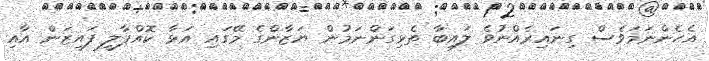
އެހެންނަމަވެސް ގިނައިރެއްނުވެ ލައިބާ ތެޅިގަންނަމުން ޔަޒާންގެ މޭގައި އަޅާ ކޮއްޕާލީ ފައިޒަން އާއި